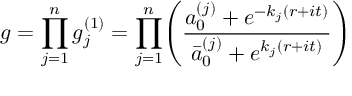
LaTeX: g = \displaystyle \prod _ { j = 1 } ^ { n } g _ { j } ^ { ( 1 ) } = \displaystyle \prod _ { j = 1 } ^ { n } \Biggl ( { \frac { a _ { 0 } ^ { ( j ) } + e ^ { - { k _ { j } } ( r + i t ) } } { \bar { a } _ { 0 } ^ { ( j ) } + e ^ { { k _ { j } } ( r + i t ) } } } \Biggr )